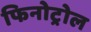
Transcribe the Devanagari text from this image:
फिनोट्रोल